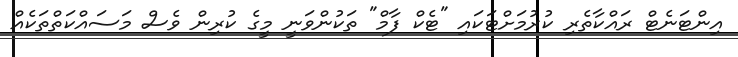
އިންޓަނެޓް ރައްކާތެރި ކުރުމަށްޓަކައި "ޓެކް ފާމް" ތަކުންވަނީ މީގެ ކުރިން ވެސް މަސައްކަތްތަކެއް